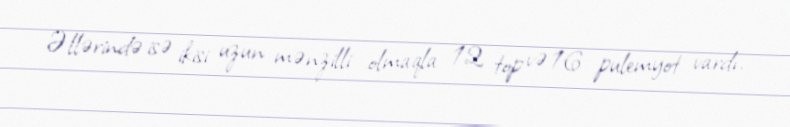
Əllərində isə ikisi uzun mənzilli olmaqla 12 top və 16 pulemyot vardı.